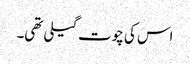
اس کی چوت گیلی تھی۔